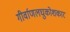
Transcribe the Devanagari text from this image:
गीर्वाणलघुकोशकार